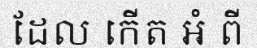
ដែល កើត ឣំ ពី